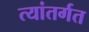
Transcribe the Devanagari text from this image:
त्यांतर्गत